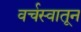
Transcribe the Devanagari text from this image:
वर्चस्वातून